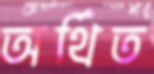
অর্থিত